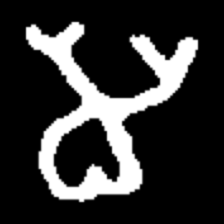
Pyu character \u2014 Myanmar letter: မ (romanized: ma)